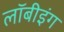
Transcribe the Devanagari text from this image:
लॉबीइंग